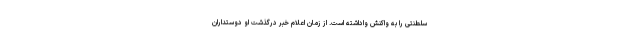
سلطنتی را به واکنش واداشته است. از زمان اعلام خبر درگذشت او دوستداران